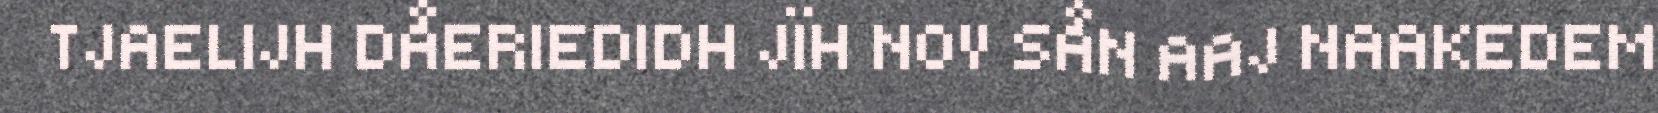
TJAELIJH DÅERIEDIDH JÏH NOV SÅN AAJ NAAKEDEM